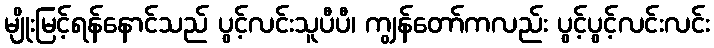
မျိုးမြင့်ရန်နောင်သည် ပွင့်လင်းသူပီပီ၊ ကျွန်တော်ကလည်း ပွင့်ပွင့်လင်းလင်း